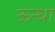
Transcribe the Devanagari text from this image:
ऊन्धा